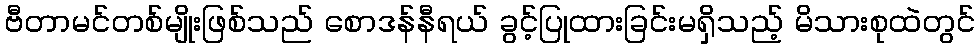
ဗီတာမင်တစ်မျိုးဖြစ်သည် စောဒန်နီရယ် ခွင့်ပြုထားခြင်းမရှိသည့် မိသားစုထဲတွင်